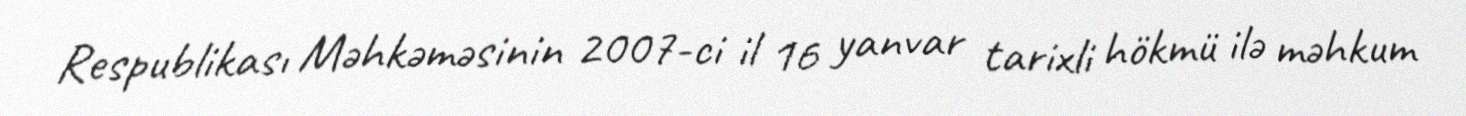
Respublikası Məhkəməsinin 2007-ci il 16 yanvar tarixli hökmü ilə məhkum